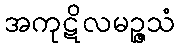
အကုဋိလမဉ္ဇသံ